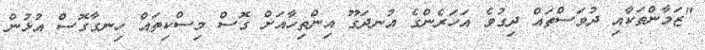
"ޒަމާންތަކާއި ދުވަސްތައް ދިގުވެ އަހަރެންގެ އުނދަގޫ އިންތިހާއަށް ގޮސް މިސްކިތައް ހިނގާގޮސް އުޅުން